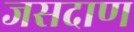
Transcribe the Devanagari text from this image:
जसदाण